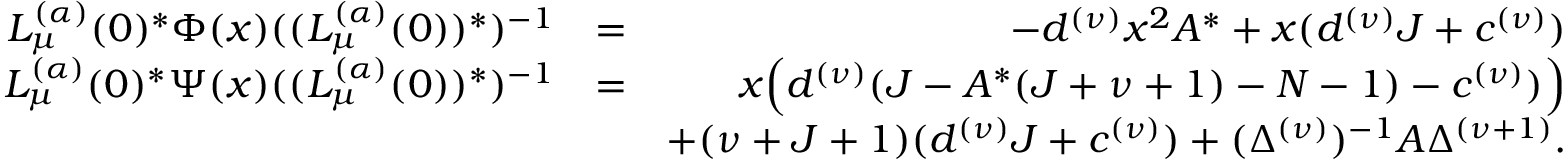
\begin{array} { r l r } { L _ { \mu } ^ { ( \alpha ) } ( 0 ) ^ { \ast } \Phi ( x ) ( ( L _ { \mu } ^ { ( \alpha ) } ( 0 ) ) ^ { \ast } ) ^ { - 1 } } & { = } & { - d ^ { ( \nu ) } x ^ { 2 } A ^ { \ast } + x ( d ^ { ( \nu ) } J + c ^ { ( \nu ) } ) } \\ { L _ { \mu } ^ { ( \alpha ) } ( 0 ) ^ { \ast } \Psi ( x ) ( ( L _ { \mu } ^ { ( \alpha ) } ( 0 ) ) ^ { \ast } ) ^ { - 1 } } & { = } & { x \Big ( d ^ { ( \nu ) } ( J - A ^ { \ast } ( J + \nu + 1 ) - N - 1 ) - c ^ { ( \nu ) } ) \Big ) } \\ & { } & { + ( \nu + J + 1 ) ( d ^ { ( \nu ) } J + c ^ { ( \nu ) } ) + ( \Delta ^ { ( \nu ) } ) ^ { - 1 } A \Delta ^ { ( \nu + 1 ) } . } \end{array}